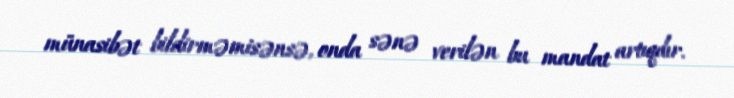
münasibət bildirməmisənsə, onda sənə verilən bu mandat artıqdır.